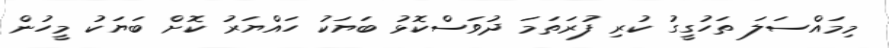
މިމައްސަލަ ތަހުގީގު ކުރި ފުރަތަމަ ދުވަސްކޮޅު ބަޔަކު ހައްޔަރު ކޮށް ބަޔަކު މީހުން